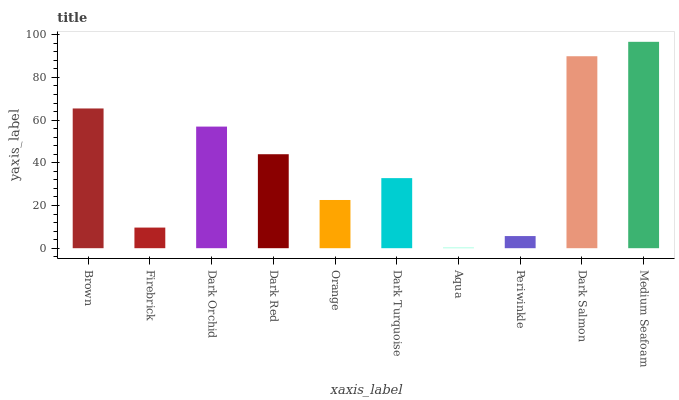
| xaxis_label | bars |
 | --- | --- |
 | Brown | 65.5 |
 | Firebrick | 9.66 |
 | Dark Orchid | 57 |
 | Dark Red | 44 |
 | Orange | 22.6 |
 | Dark Turquoise | 32.8 |
 | Aqua | 0.294 |
 | Periwinkle | 5.69 |
 | Dark Salmon | 89.9 |
 | Medium Seafoam | 96.7 |